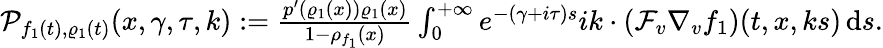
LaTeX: \begin{array}{r}{\mathcal{P}_{f_{1}(t),\varrho_{1}(t)}(x,\gamma,\tau,k):=\frac{p^{\prime}(\varrho_{1}(x))\varrho_{1}(x)}{1-\rho_{f_{1}}(x)}\int_{0}^{+\infty}e^{-(\gamma+i\tau)s}ik\cdot\left(\mathcal{F}_{v}\nabla_{v}f_{1}\right)(t,x,ks)\, \mathrm{d}s.}\end{array}